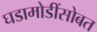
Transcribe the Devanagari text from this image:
घडामोडींसोबत